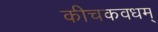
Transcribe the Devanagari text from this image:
कीचकवधम्